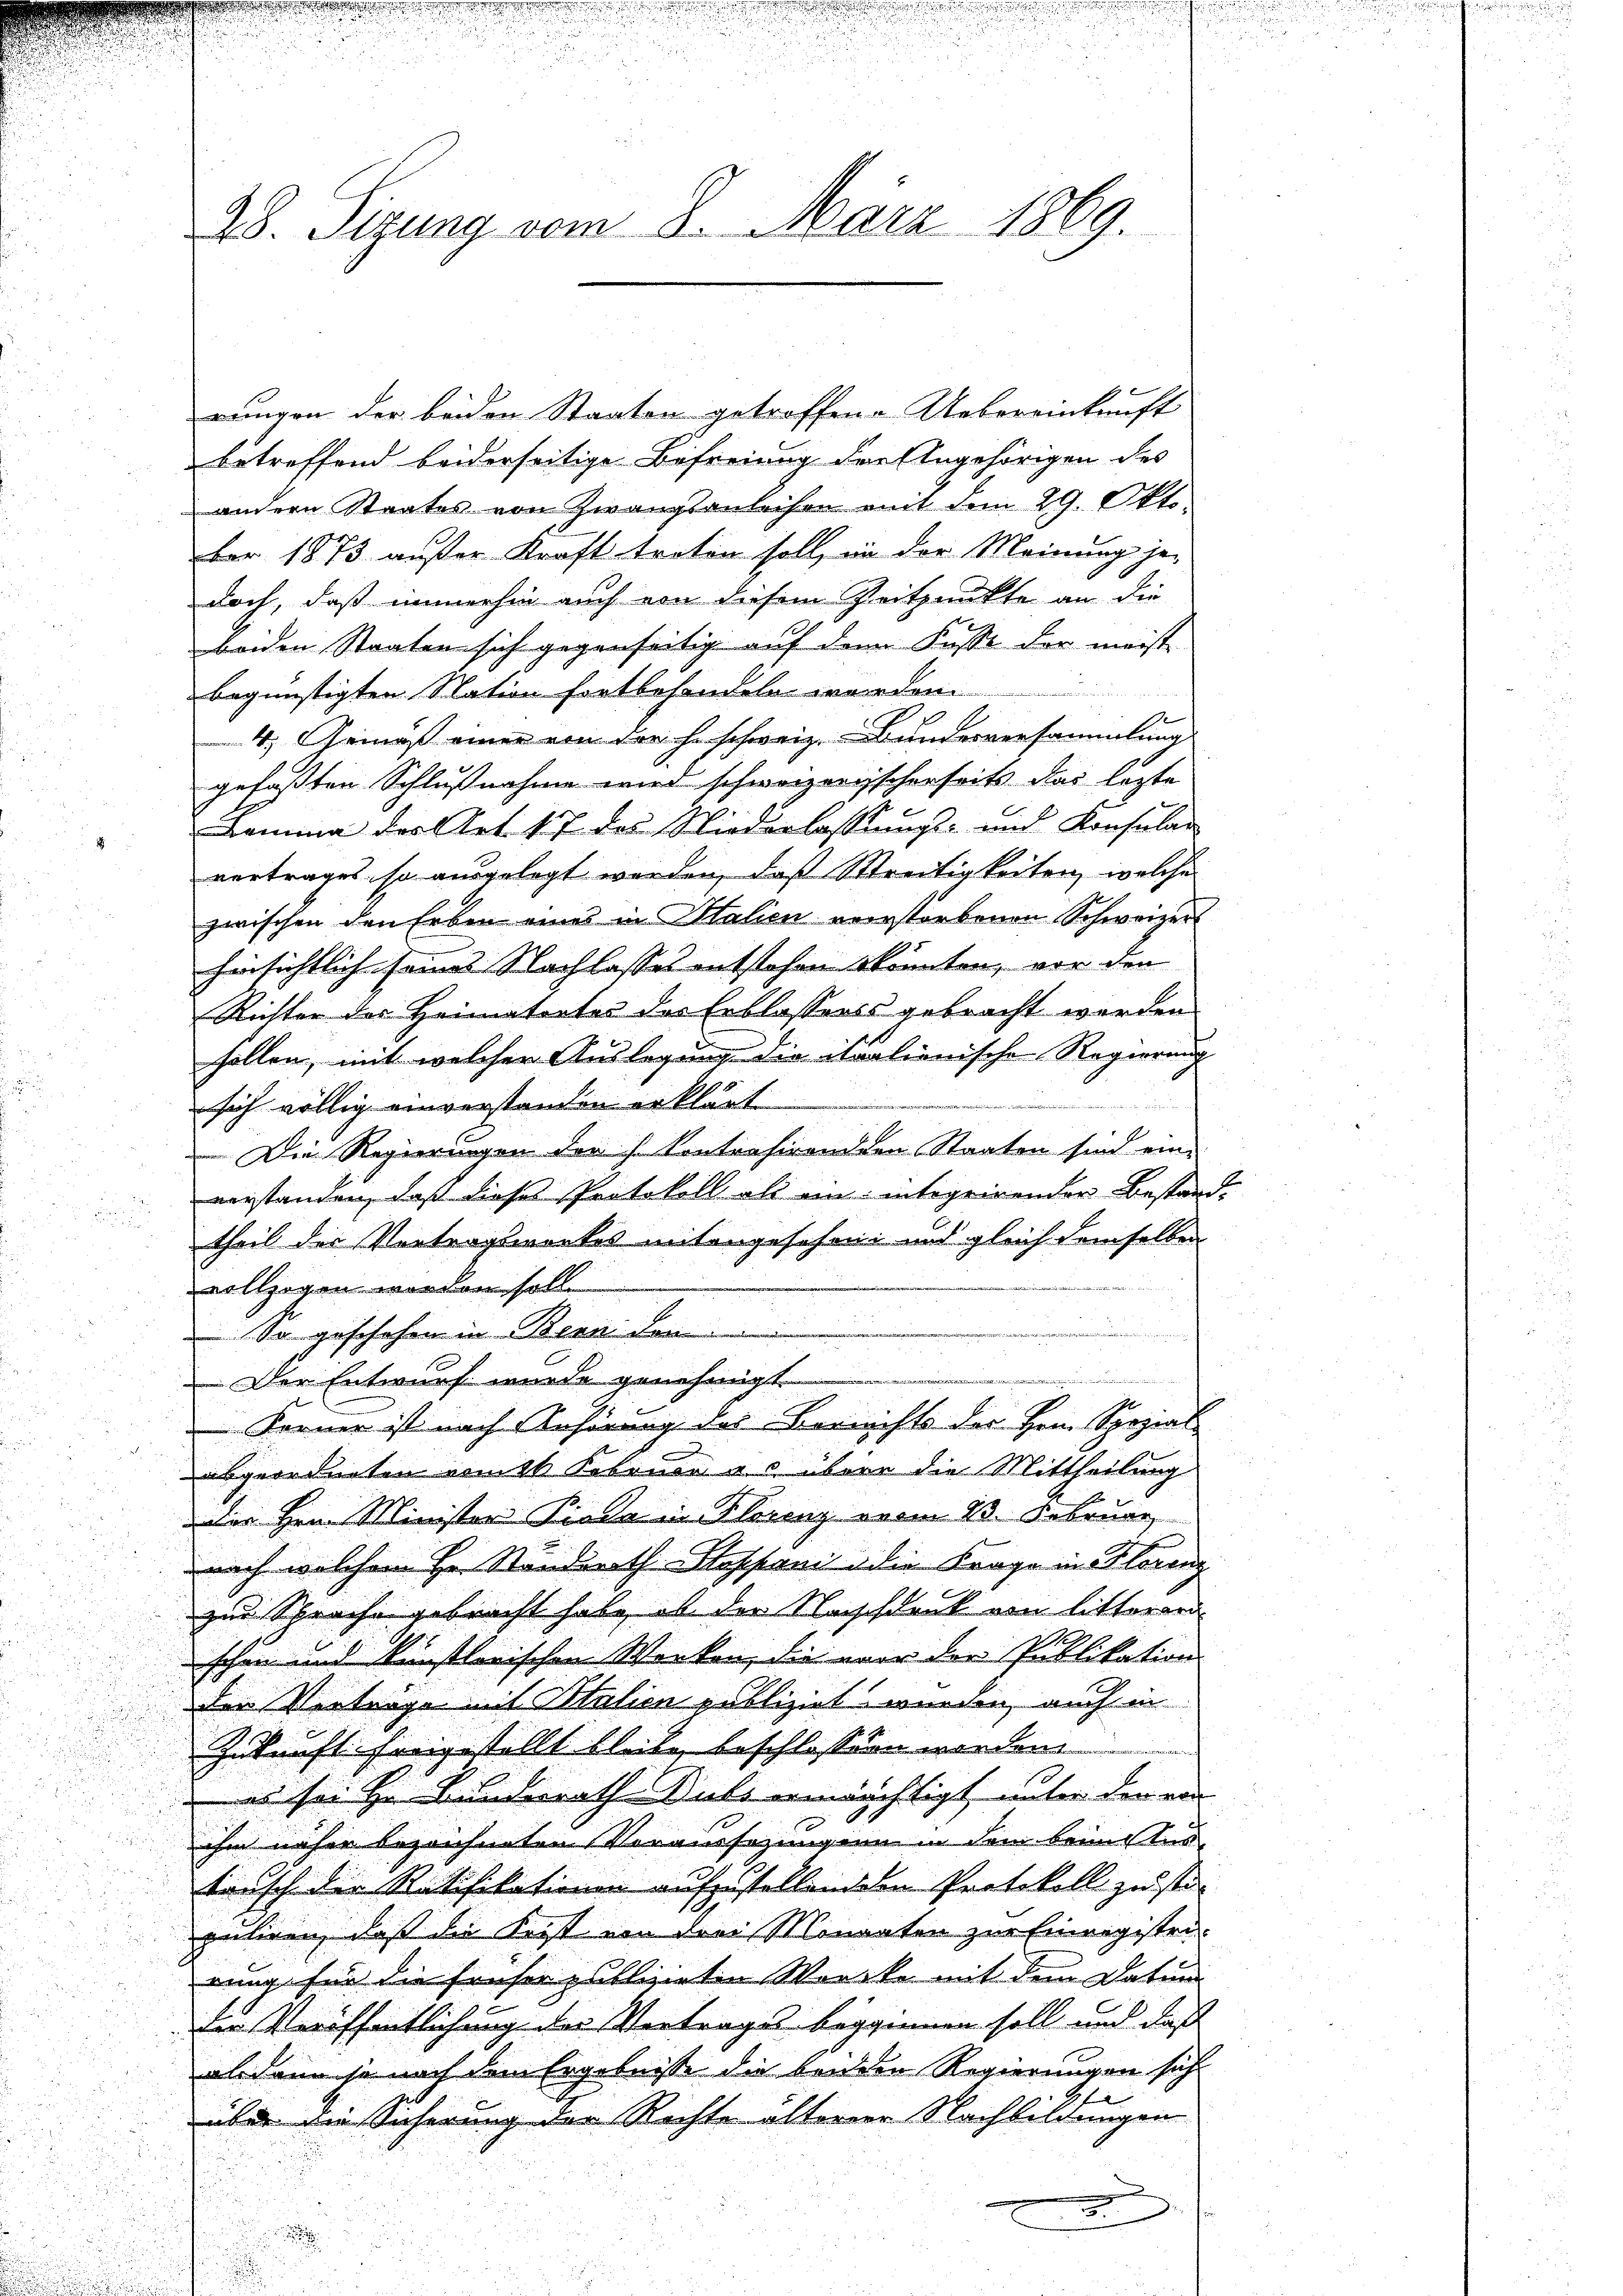
28. Sizung vom 8. März 1869

rungen der beiden Staaten getroffene Uebereinkunft
betreffend beiderseitige Befreiung der Angehörigen des
andern Staates von Zwangsanleihen mit dem 29. Okto
ber 1873 außer Kraft treten soll, in der Meinung je-
doch, daß immerhin auch von diesem Zeitpunkte an die
beiden Staaten sich gegenseitig auf dem Kusse der meist
begünstigten Station fortbehandeln worden.
4. Gemäß einer von der h. schweiz. Bundesversammlung
gefaßten Schlußnahme wird schweizerischerseits das lezte
Bamma der Art. 17 des Niederlassŭngs- und Konsular
vertrages, so ausgelegt werden, daß Streitigkeiten, welche
zwischen den Erben eines in Salien verstorbenen Schweizer
hinsichtlich seines Nachlasses entstehen könnten, vor den
Richter der Heimatortes des Erblassers gebracht werden
sollen, mit welcher Auslegung die italienische Regierung
e
sich völlig einverstanden erklärt.
Die Regierungen der Kontrahirenden Staaten sind eine
verstanden, daß dieses Protokoll als ein integeirender Bestande
theil der Vortragswerkes untengesehen und gleich demselben
vollzogen worden soll.
So geschehen in Bern den
a minderen
Der Entwurf wurde genehmigt
Ferner ist nach Anhörung des Berechts der Hrn. Spezial
.
abgeordneten vom kk. Februar u. über die Mittheilung
dies Hrn. Minister Pioda in Florenz vom 13. Februar
nach welchem Hr. Stunderath Stoppani die Frage in Florenz
zur Sprache gebracht habe, ob der Nachstank von litterer

.
schon und künstlerischen Werken, die vor der Publikation.
1
.
der Verträge mit Station publizirt wurden, auch in
Zukunft hing stellt bleibe beschlossen worden
.
es sei Hr. Bunderath Dubs ermächtigt unter den von
ihm näher bezeichneten Voraussezungen in dem beauften
tunsch der Ratifikationen aufzustellenden Protokoll zustiguliren, daß die First von der Monarten zur Einzigisten-
rung für die früher publizirten Wercke mit dem Datum
der Veröffentlichung der Vertrages beginnen soll und daß
alsdann so nach dem Ergebnisse die beider Regierungen sich
über die Sicherung der Rechte älterner Nachbildungen
e